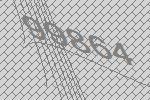
99864